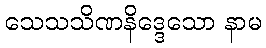
သေသသိဏနိဒ္ဒေသော နာမ